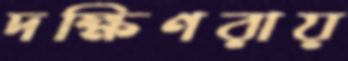
দক্ষিণরায়